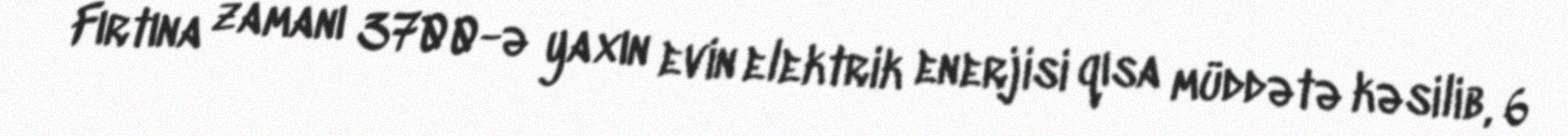
Fırtına zamanı 3700-ə yaxın evin elektrik enerjisi qısa müddətə kəsilib, 6